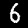
Digit: 6